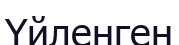
Үйленген